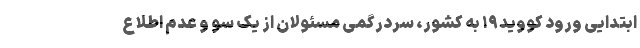
ابتدایی ورود کووید۱۹ به کشور، سردرگمی مسئولان از یک سو و عدم اطلاع